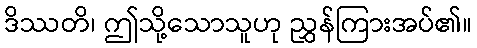
ဒိဿတိ၊ ဤသို့သောသူဟု ညွှန်ကြားအပ်၏။